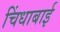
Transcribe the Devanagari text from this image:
चिंधाबाई